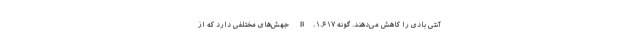
آنتی بادی را کاهش می‌دهند. گونه B.۱.۶۱۷ جهش‌های مختلفی دارد که از